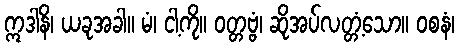
ဣဒါနိ၊ ယခုအခါ။ မံ၊ ငါ့ကို။ ဝတ္တဗ္ဗံ၊ ဆိုအပ်လတ္တံ့သော။ ဝစနံ၊